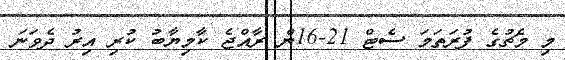
މި މެޗުގެ ފުރަތަމަ ސެޓް 21-16ން ރާއްޖެ ކާމިޔާބު ކުރި އިރު ދެވަނަ